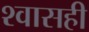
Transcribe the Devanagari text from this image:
श्‍वासही